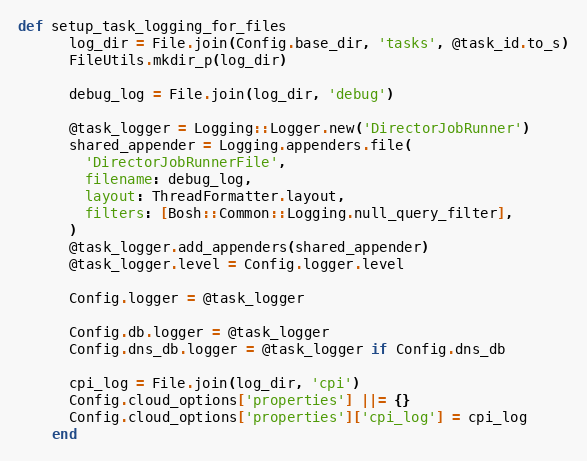
Language: Ruby
def setup_task_logging_for_files
      log_dir = File.join(Config.base_dir, 'tasks', @task_id.to_s)
      FileUtils.mkdir_p(log_dir)

      debug_log = File.join(log_dir, 'debug')

      @task_logger = Logging::Logger.new('DirectorJobRunner')
      shared_appender = Logging.appenders.file(
        'DirectorJobRunnerFile',
        filename: debug_log,
        layout: ThreadFormatter.layout,
        filters: [Bosh::Common::Logging.null_query_filter],
      )
      @task_logger.add_appenders(shared_appender)
      @task_logger.level = Config.logger.level

      Config.logger = @task_logger

      Config.db.logger = @task_logger
      Config.dns_db.logger = @task_logger if Config.dns_db

      cpi_log = File.join(log_dir, 'cpi')
      Config.cloud_options['properties'] ||= {}
      Config.cloud_options['properties']['cpi_log'] = cpi_log
    end